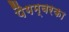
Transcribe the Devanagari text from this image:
पैगम्बरका